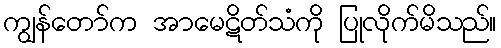
ကျွန်တော်က အာမေဋိတ်သံကို ပြုလိုက်မိသည်။